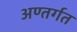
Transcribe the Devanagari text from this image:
अण्तर्गत